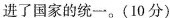
进了国家的统一。(10分)